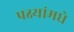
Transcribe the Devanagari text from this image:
पक्ष्यांमधे